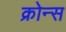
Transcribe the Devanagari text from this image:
क्रोन्स